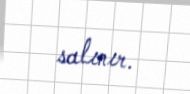
salınır.